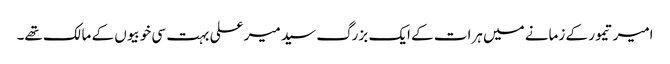
امیر تیمور کے زمانے میں ہرات کے ایک بزرگ سید میر علی بہت سی خوبیوں کے مالک تھے۔